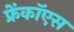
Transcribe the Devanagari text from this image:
फ्रेंकॉएस